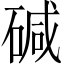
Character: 碱